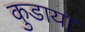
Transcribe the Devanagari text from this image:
कुडाया